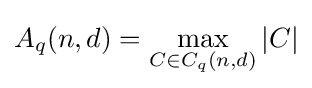
A_{q}(n,d)=\max _{C\in C_{q}(n,d)}|C|